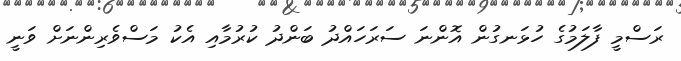
ރަސްމީ ފާލަމުގެ ހުޅަނގުން އޮންނަ ސަރަހައްދު ބަންދު ކުރުމާއި އެކު މަސްވެރިންނަށް ވަނީ